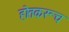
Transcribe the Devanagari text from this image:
होतकरूच